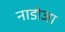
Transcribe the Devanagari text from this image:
नाडोजा